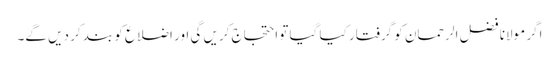
اگر مولانا فضل الرحمان کو گرفتار کیا گیا تو احتجاج کریں گی اور اضلاع کو بند کر دیں گے۔